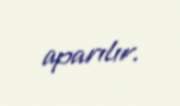
aparılır.